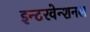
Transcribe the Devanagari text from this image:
इन्टरवेन्शनल